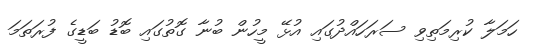
ހަމަލާ ކުރިމަތިވި ސަރަހައްދުގައި އުޅޭ މީހުން ބުނާ ގޮތުގައި ބޮޑު ބަޑީގެ ފުރަތަމަ